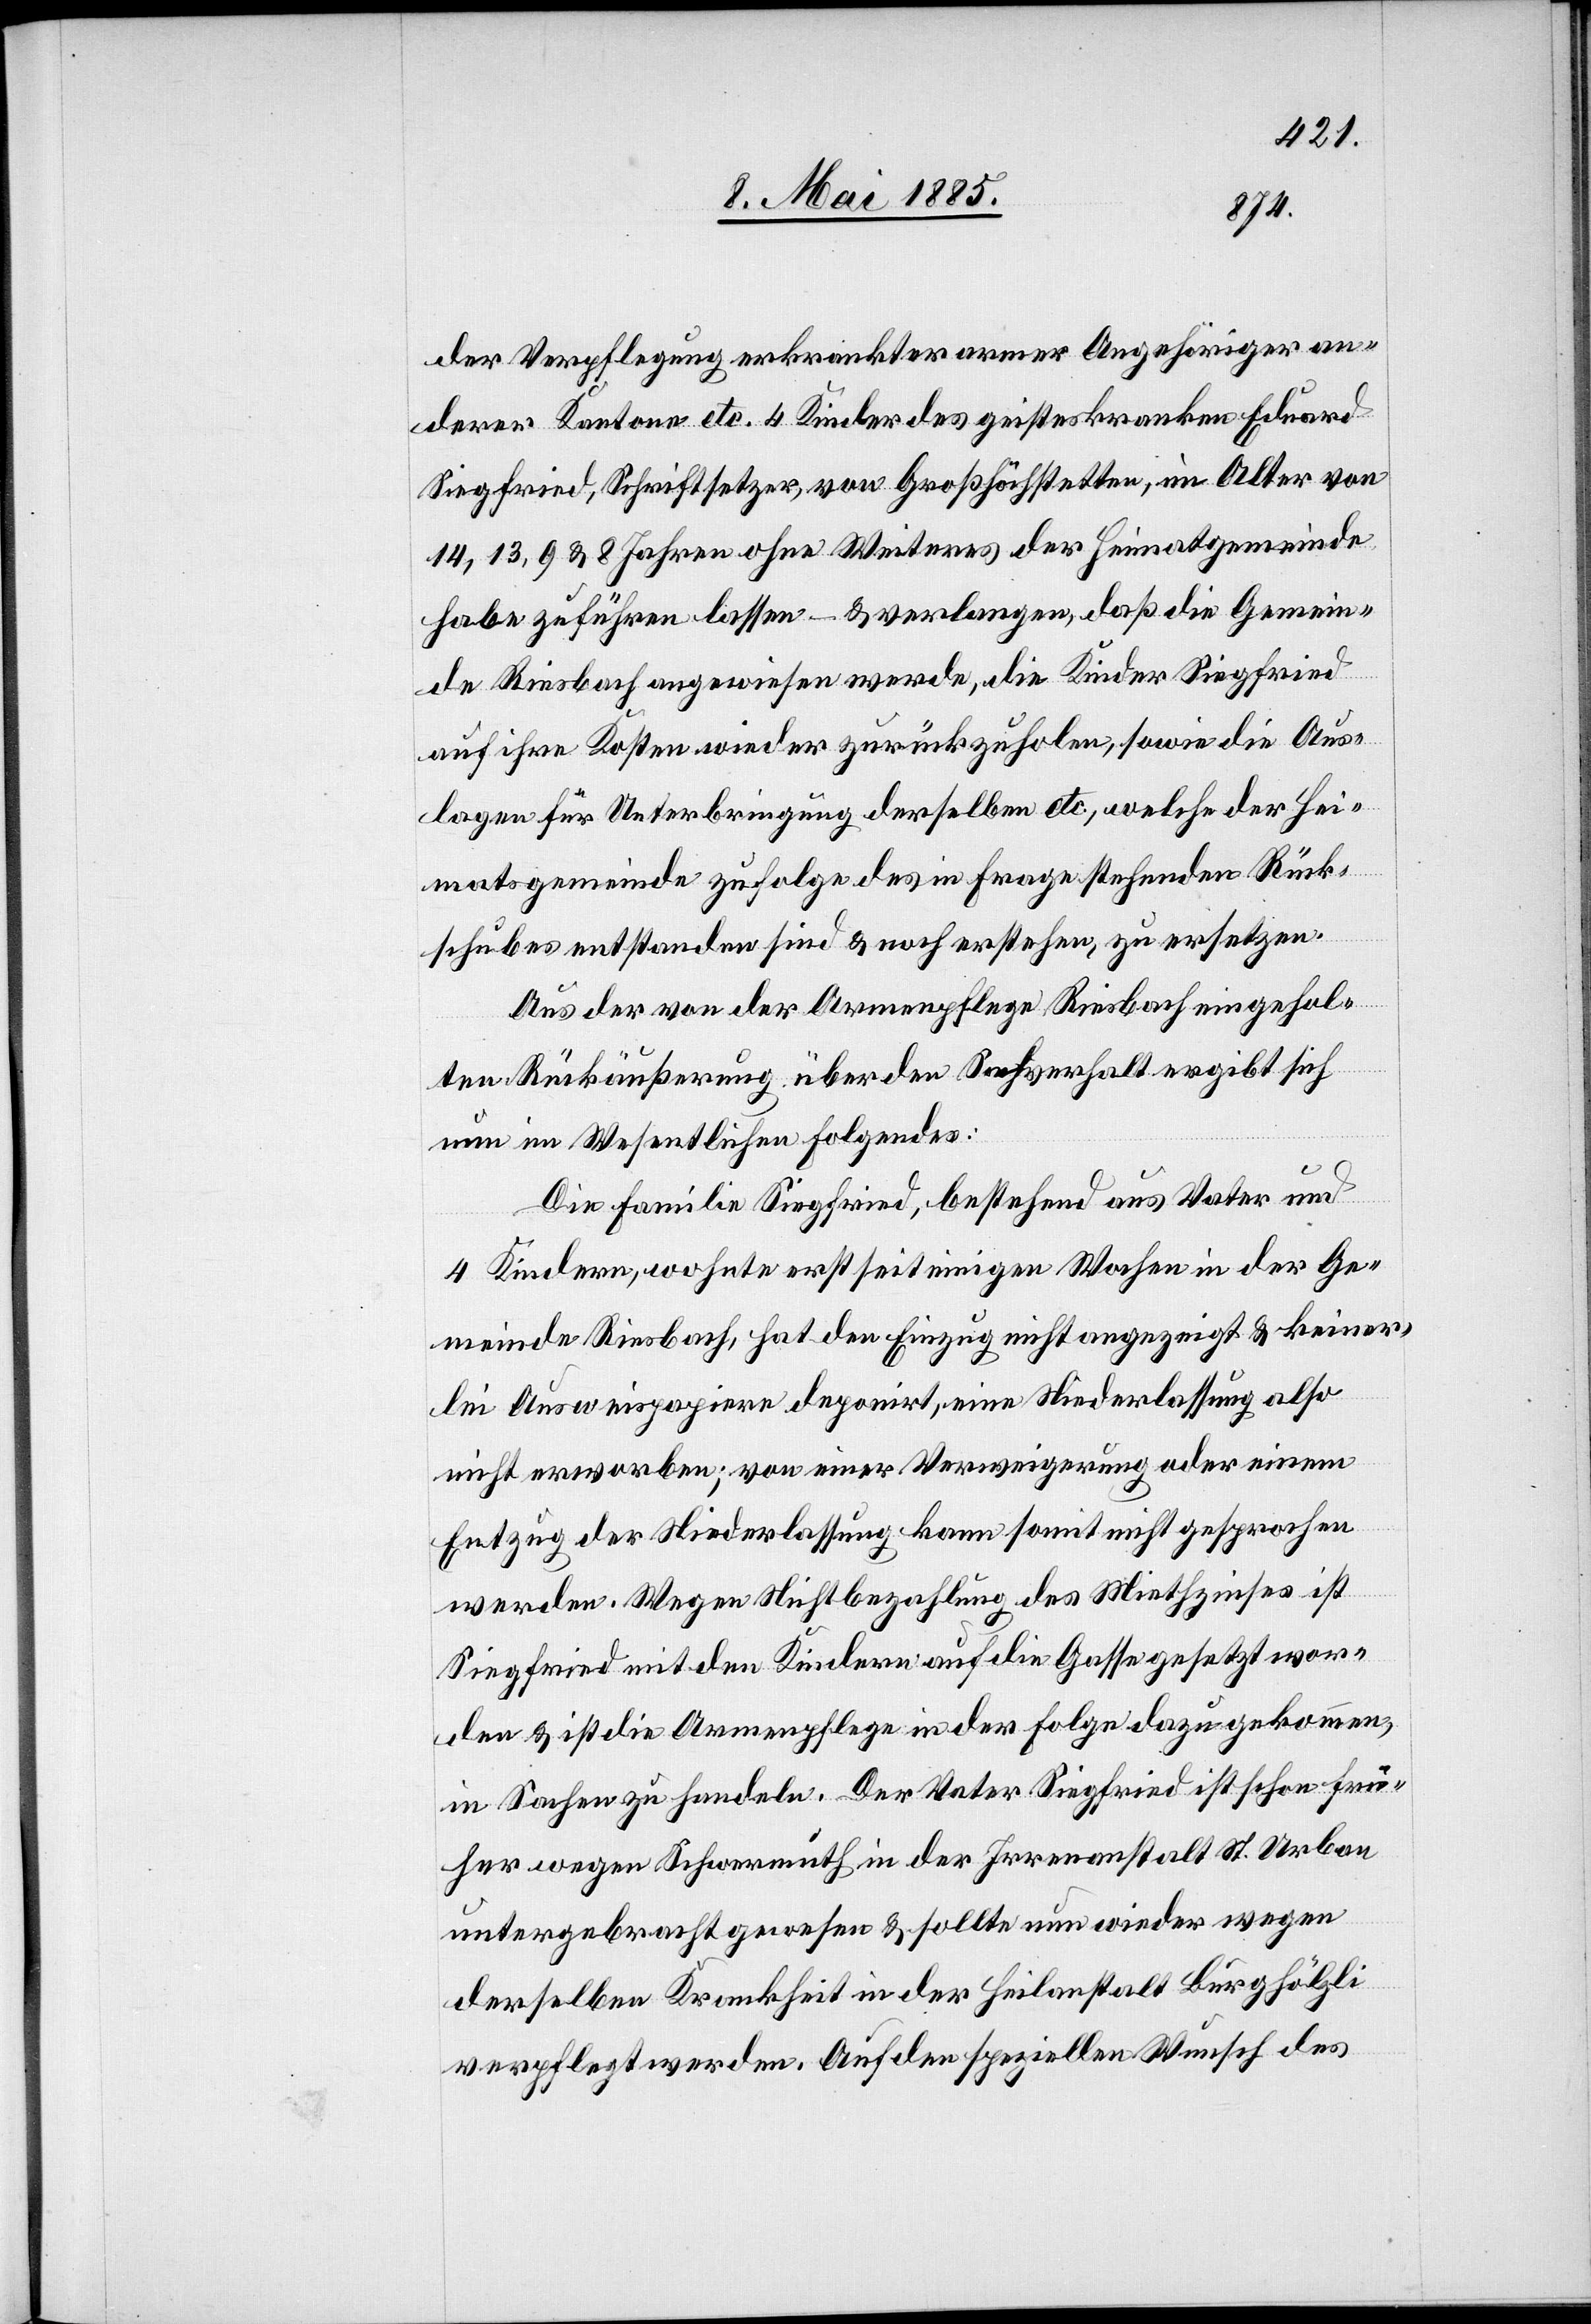
der Verpflegung erkrankter armer Angehöriger an¬
derer Kantone etc. 4 Kinder des geisteskranken Eduard
Siegfried, Schriftsetzer, von Großhöchstetten, im Alter von
14, 13, 9 & 8 Jahren ohne Weiteres der Heimatgemeinde
habe zuführen lassen – & verlangen, daß die Gemein¬
de Riesbach angewiesen werde, die Kinder Siegfried
auf ihre Kosten wieder zurückzuholen, sowie die Aus¬
lagen für Unterbringung derselben etc., welche der Hei¬
matsgemeinde zufolge des in Frage stehenden Rück¬
schubes entstanden sind & noch erstehen, zu ersetzen.
Aus der von der Armenpflege Riesbach eingehol¬
ten Rückäußerung über den Sachverhalt ergibt sich
nun im Wesentlichen folgendes:
Die Familie Siegfried, bestehend aus Vater und
4 Kindern, wohnte erst seit einigen Wochen in der Ge¬
meinde Riesbach, hat den Einzug nicht angezeigt & keiner¬
lei Ausweispapiere deponirt, eine Niederlassung also
nicht erworben; von einer Verweigerung oder einem
Entzug der Niederlassung kann somit nicht gesprochen
werden. Wegen Nichtbezahlung des Miethzinses ist
Siegfried mit den Kindern auf die Gasse gesetzt wor¬
den & ist die Armenpflege in der Folge dazu gekommen,
in Sachen zu handeln. Der Vater Siegfried ist schon frü¬
her wegen Schwermuth in der Irrenanstalt St. Urban
untergebracht gewesen & sollte nun wieder wegen
derselben Krankheit in der Heilanstalt Burghölzli
verpflegt werden. Auf den speziellen Wunsch des